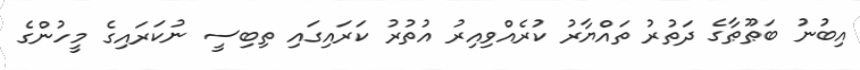
އިބުނު ބަޠޫޠާގެ ދަތުރު ތައްޔާރު ކުރެއްވިއިރު އުތުރު ކަރައިގައި ތިބިސީ ނުކަރައިގެ މީހުންގެ